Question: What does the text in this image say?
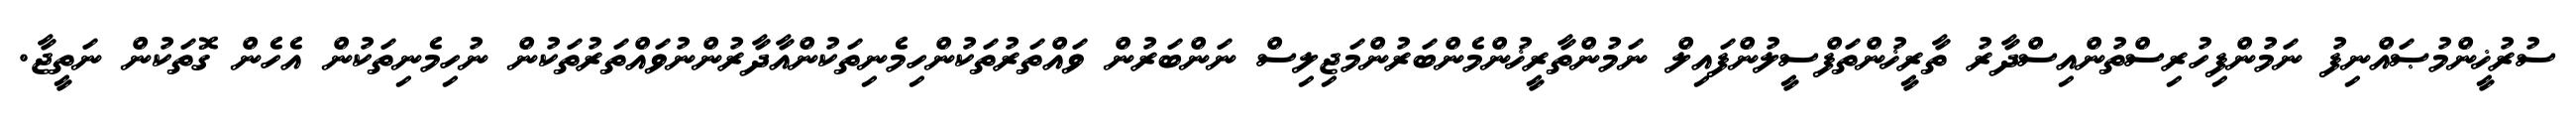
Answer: ސުރުޚީންމުޞައްނިފު ނަމުންފިހުރިސްތުންއިސްދާރު ތާރީޚުންތަފްސީލުންފައިލް ނަމުންތާރީޚުންމެންބަރުންމަޖިލިސް ނަންބަރުން ވައްތަރުތަކުންހިމެނިތަކުންއާދާރުންނުވައްތަރުތަކުން ނުހިމެނިތަކުން އެހެން ގޮތަކުން ނަތީޖާ.